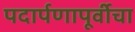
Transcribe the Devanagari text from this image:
पदार्पणापूर्वीचा